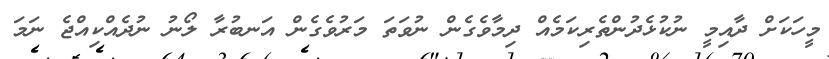
މީހަކަށް ދާއިމީ ނުކުޅެދުންތެރިކަމެއް ދިމާވެގެން ނުވަތަ މަރުވެގެން އަނބުރާ ލޯނު ނުދެއްކިއްޖެ ނަމަ